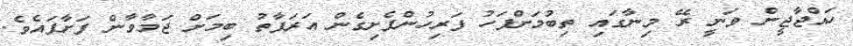
ހައްޖާޖީން ވަނީ ރޭ މިނާގައި ތިބުމަށްފަހު ފަރިހުންފެށިގެން އަރަފާތު ބިމަށް ޖަމާވާން ފަށާފައެވެ.